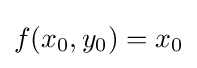
f(x_{0},y_{0})=x_{0}